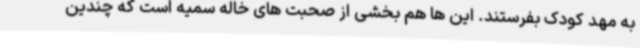
به مهد کودک بفرستند. این ها هم بخشی از صحبت های خاله سمیه است که چندین